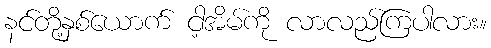
နင်တို့နှစ်ယောက် ငါ့အိမ်ကို လာလည်ကြပါလား။